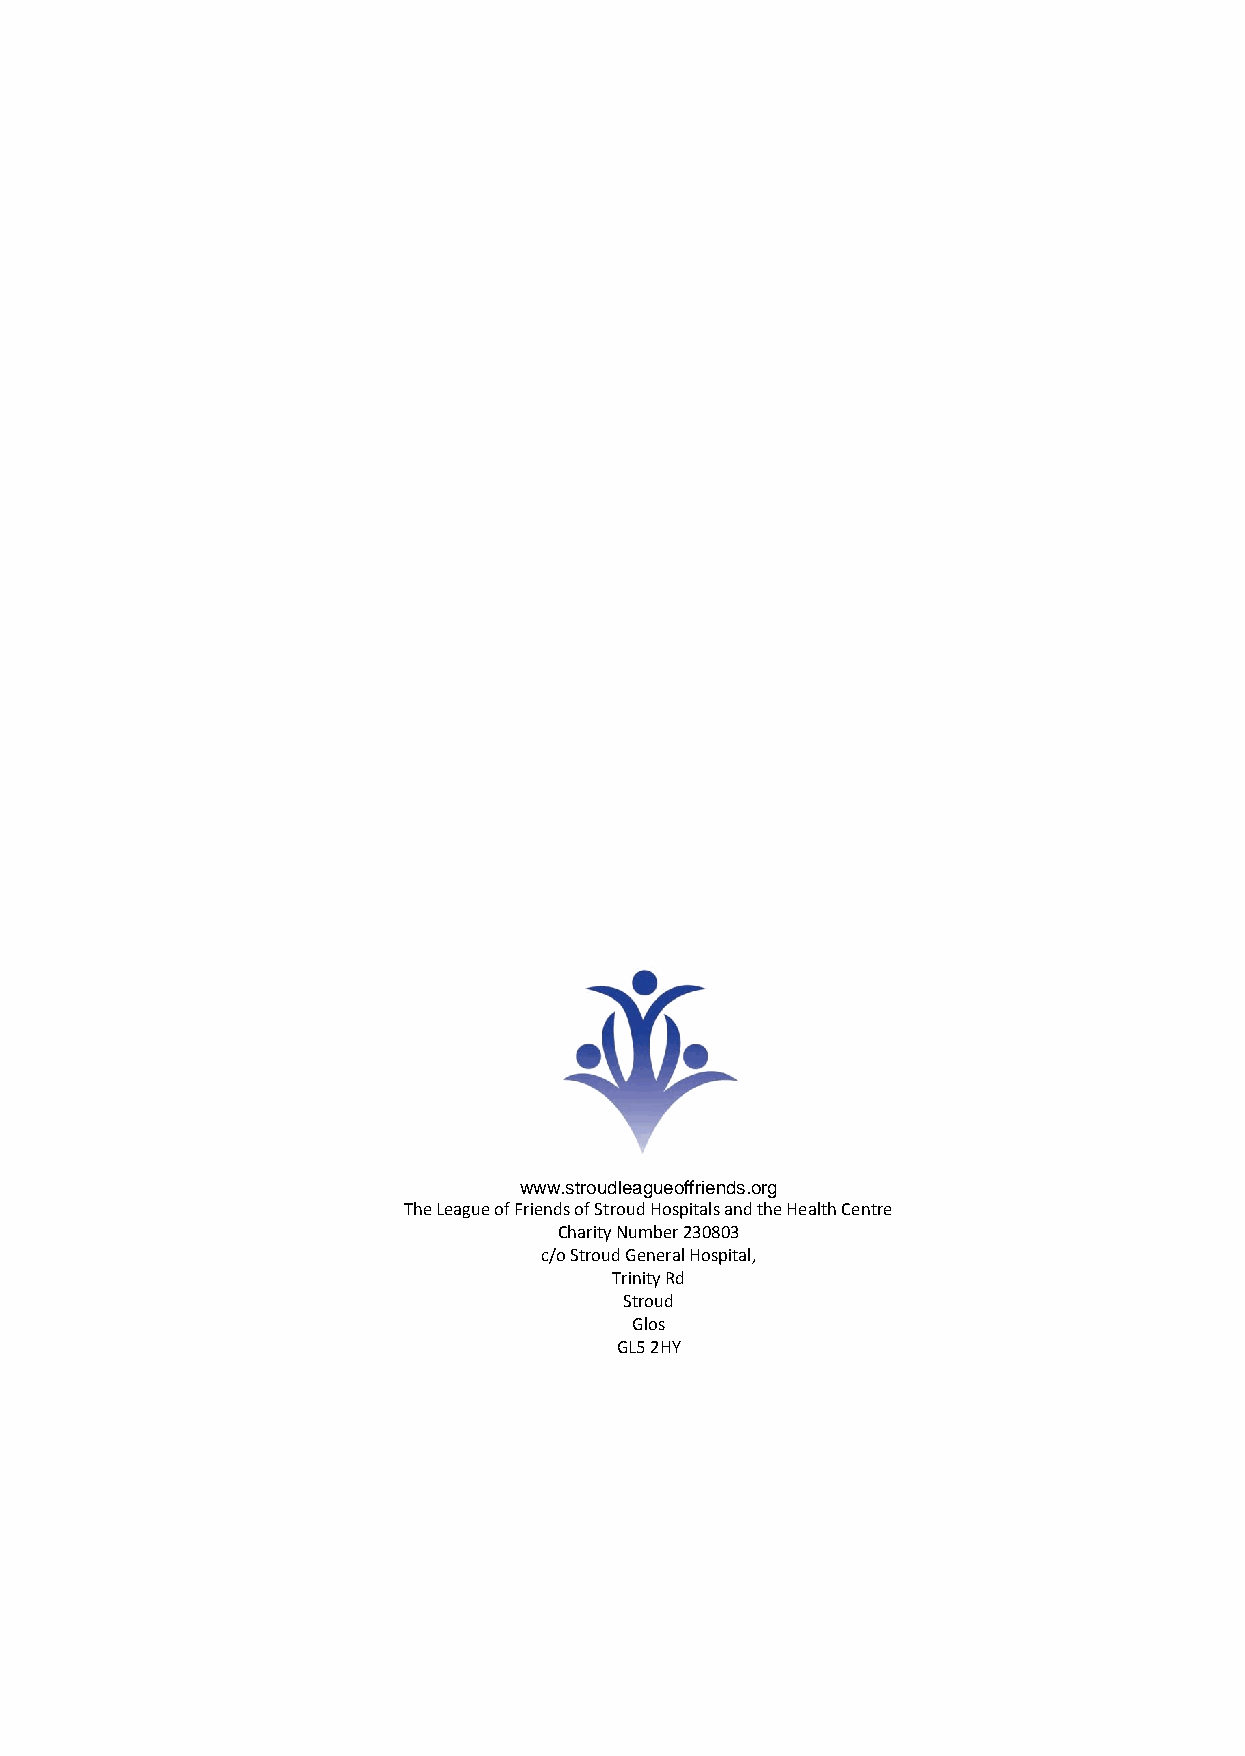
www.stroudleagueoffriends.org
 The League of Friends of Stroud Hospitals and the Health Centre
 Charity Number 230803
 c/o Stroud General Hospital,
 Trinity Rd
 Stroud
 Glos
 GL5 2HY